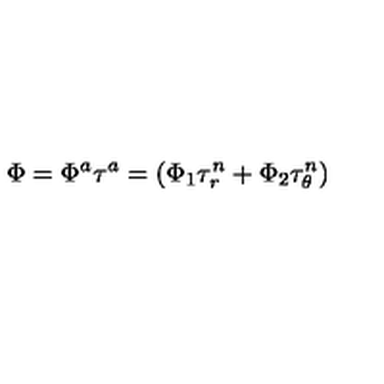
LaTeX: \Phi = \Phi ^ { a } \tau ^ { a } = \left( \Phi _ { 1 } \tau _ { r } ^ { n } + \Phi _ { 2 } \tau _ { \theta } ^ { n } \right) \